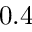
0 . 4